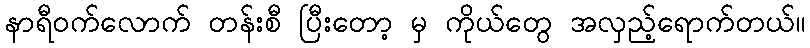
နာရီဝက်လောက် တန်းစီ ပြီးတော့ မှ ကိုယ်တွေ အလှည့်ရောက်တယ်။